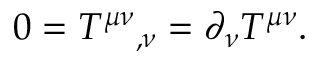
0 = T ^ { \mu \nu } { } _ { , \nu } = \partial _ { \nu } T ^ { \mu \nu } .